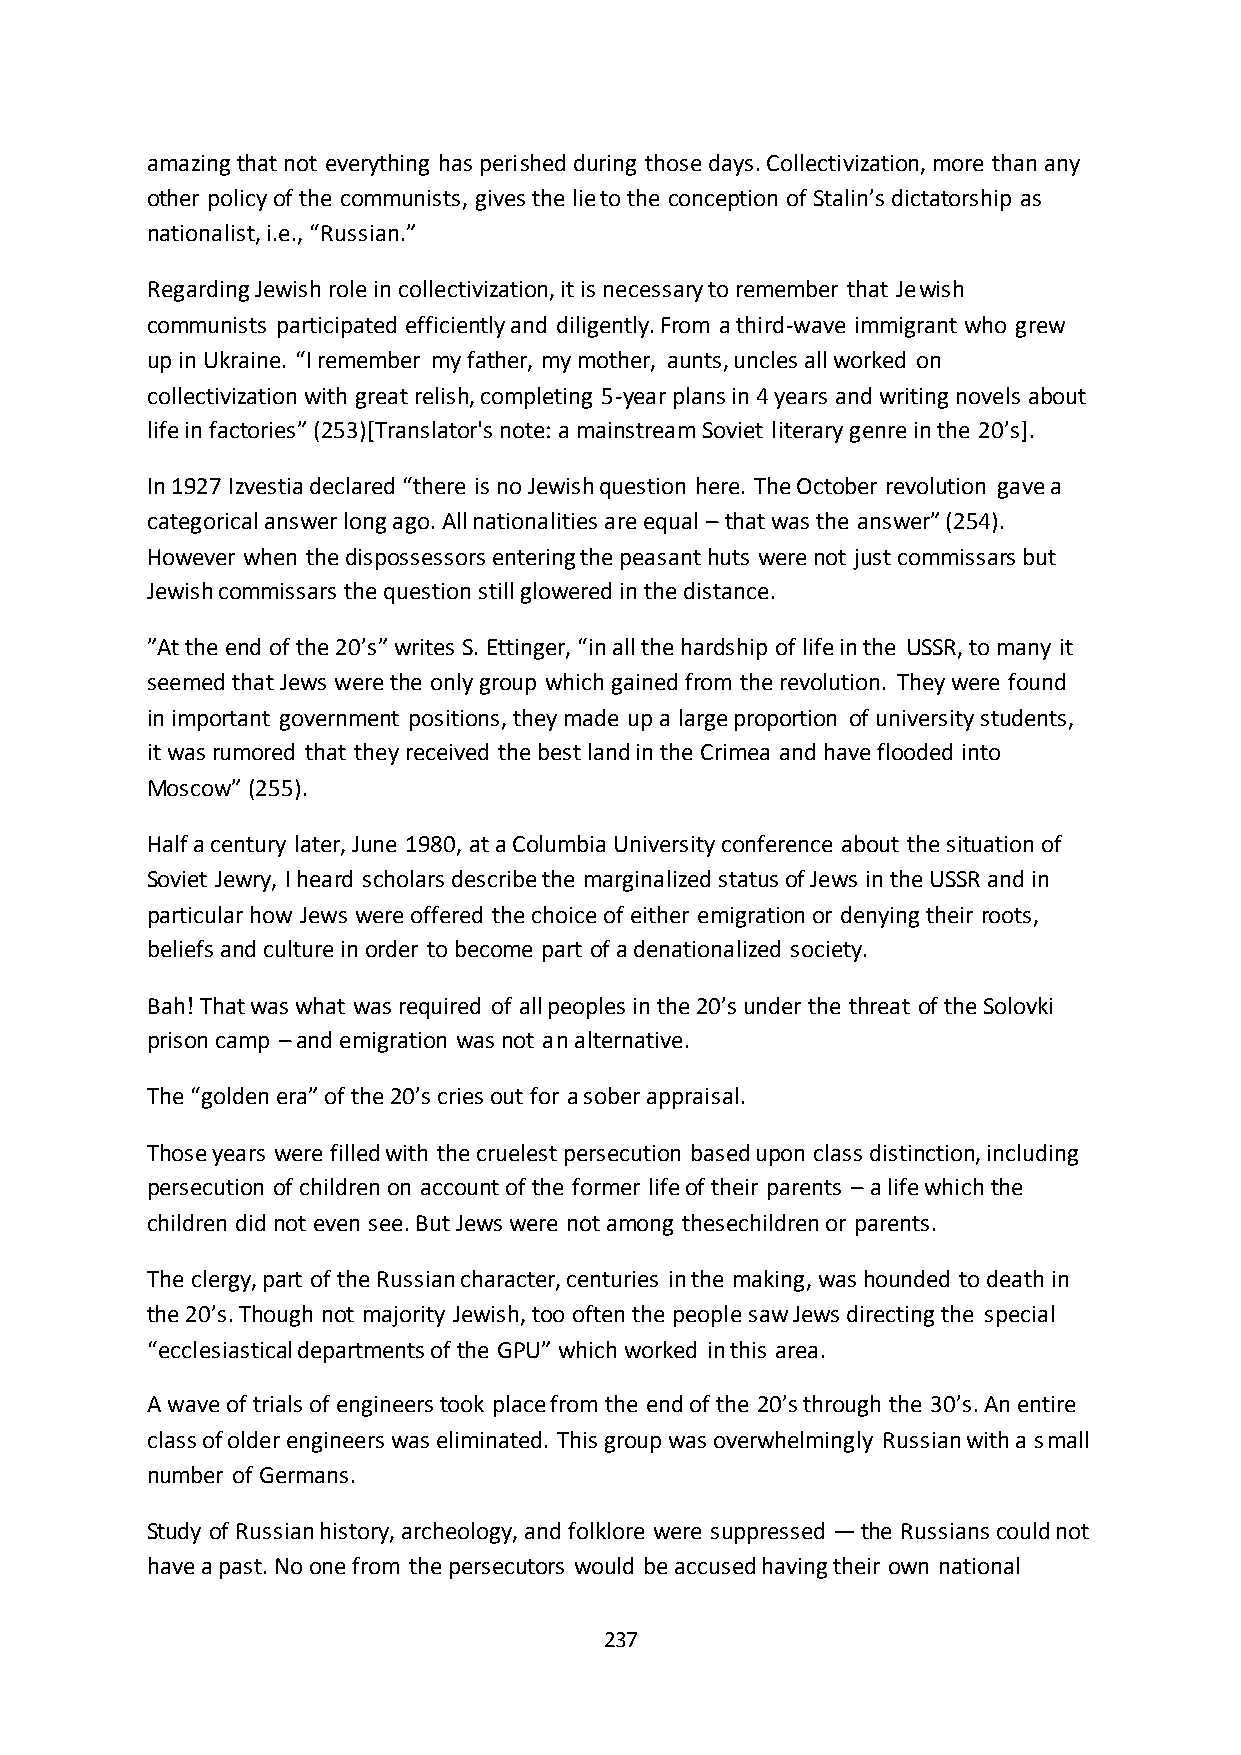
amazing that not everything has perished during those days. Collectivization, more than any
 other policy of the communists, gives the lie to the conception of Stalin’s dictatorship as
 nationalist, i.e., “Russian.”
 Regarding Jewish role in collectivization, it is necessary to remember that Jewish
 communists participated efficiently and diligently. From a third-wave immigrant who grew
 up in Ukraine. “I remember my father, my mother, aunts, uncles all worked on
 collectivization with great relish, completing 5-year plans in 4 years and writing novels about
 life in factories” (253)*Translator's note: a mainstream Soviet literary genre in the 20’s+.
 In 1927 Izvestia declared “there is no Jewish question here. The October revolution gave a
 categorical answer long ago. All nationalities are equal – that was the answer” (254).
 However when the dispossessors entering the peasant huts were not just commissars but
 Jewish commissars the question still glowered in the distance.
 ”At the end of the 20’s” writes S. Ettinger, “in all the hardship of life in the USSR, to many it
 seemed that Jews were the only group which gained from the revolution. They were found
 in important government positions, they made up a large proportion of university students,
 it was rumored that they received the best land in the Crimea and have flooded into
 Moscow” (255).
 Half a century later, June 1980, at a Columbia University conference about the situation of
 Soviet Jewry, I heard scholars describe the marginalized status of Jews in the USSR and in
 particular how Jews were offered the choice of either emigration or denying their roots,
 beliefs and culture in order to become part of a denationalized society.
 Bah! That was what was required of all peoples in the 20’s under the threat of the Solovki
 prison camp – and emigration was not an alternative.
 The “golden era” of the 20’s cries out for a sober appraisal.
 Those years were filled with the cruelest persecution based upon class distinction, including
 persecution of children on account of the former life of their parents – a life which the
 children did not even see. But Jews were not among thesechildren or parents.
 The clergy, part of the Russian character, centuries in the making, was hounded to death in
 the 20’s. Though not majority Jewish, too often the people saw Jews directing the special
 “ecclesiastical departments of the GPU” which worked in this area.
 A wave of trials of engineers took place from the end of the 20’s through the 30’s. An entire
 class of older engineers was eliminated. This group was overwhelmingly Russian with a small
 number of Germans.
 Study of Russian history, archeology, and folklore were suppressed — the Russians could not
 have a past. No one from the persecutors would be accused having their own national
 237